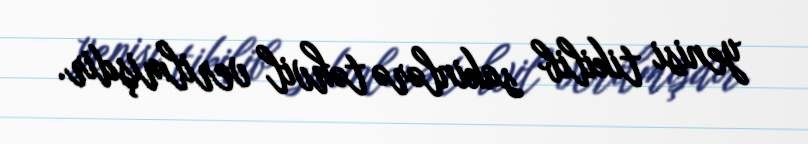
yenisi tikilib sakinlərə təhvil verilmişdir.